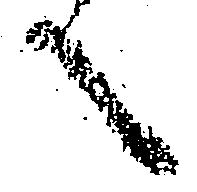
言